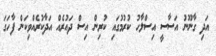
އަދި ގާނޫނު އަސާސީ އިސްލާހު ކުރުމުގައި ކުރިން އިސް ދައުރެއް އަދާކުރެއްވިކަން ފާހަގަ